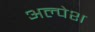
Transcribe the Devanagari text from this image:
अल्पेश